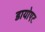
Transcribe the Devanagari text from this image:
डायोएट